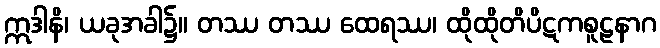
ဣဒါနိ၊ ယခုအခါ၌။ တဿ တဿ ထေရဿ၊ ထိုထိုတိပိဋကစူဠနာဂ